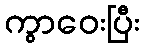
ကွာဝေးပြီး